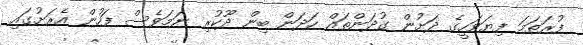
ފުރަތަމަ ފިޔަވަހީގެ ދަށުން ގުދަންތައް ހަދަން ބިން ދޫކުރި ނަމަވެސް ފަހުން އެރަށުގައި